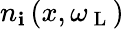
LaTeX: n_{\mathbf{i}}\left(x,\omega_{\mathrm{{~L~}}}\right)